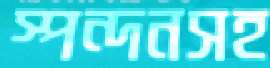
স্পন্দনসহ